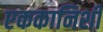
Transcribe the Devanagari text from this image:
एककानिशी